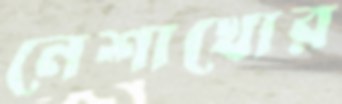
নেশাখোর